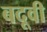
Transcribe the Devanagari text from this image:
बदूवी